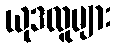
ယုဒလူများ